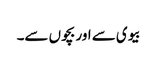
بیوی سے اور بچوں سے۔